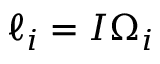
\ell _ { i } = I \Omega _ { i }